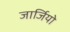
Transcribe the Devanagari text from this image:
जार्जियो